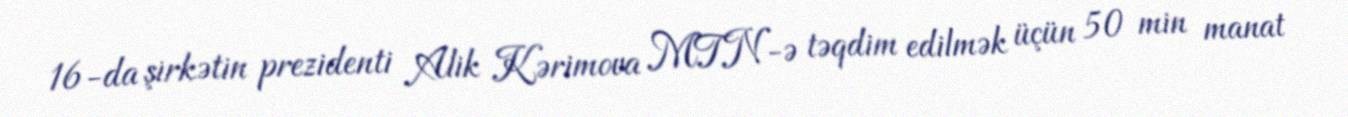
16-da şirkətin prezidenti Alik Kərimova MTN-ə təqdim edilmək üçün 50 min manat